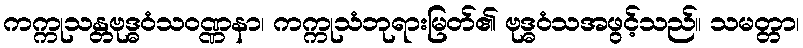
ကက္ကုသန္တဗုဒ္ဓဝံသဝဏ္ဏနာ၊ ကက္ကုသံဘုရားမြတ်၏ ဗုဒ္ဓဝံသအဖွင့်သည်။ သမတ္တာ၊